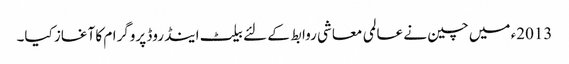
2013ء میں چین نے عالمی معاشی روابط کے لئے بیلٹ اینڈ روڈ پروگرام کا آغاز کیا۔